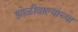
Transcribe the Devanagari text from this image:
झोळीवाल्यांच्या